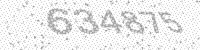
Solution: 634875